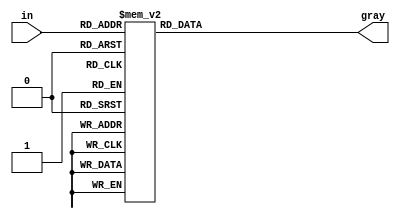
`default_nettype none
module gray_convert4 (in, gray);
	input [3:0] in;
	output reg[3:0] gray;

	always @ (in) begin
        case (in)
            4'b0000: gray <= 4'b0000;	// 0
            4'b0001: gray <= 4'b0001;	// 1
            4'b0010: gray <= 4'b0011;	// 2
            4'b0011: gray <= 4'b0010;	// 3
            4'b0100: gray <= 4'b0110;	// 4
            4'b0101: gray <= 4'b0111;	// 5
            4'b0110: gray <= 4'b0101;	// 6
            4'b0111: gray <= 4'b0100;	// 7
            4'b1000: gray <= 4'b1100;	// 8
            4'b1001: gray <= 4'b1101;	// 9
            4'b1010: gray <= 4'b1111;	// 10
            4'b1011: gray <= 4'b1110;	// 11
            4'b1100: gray <= 4'b1010;	// 12
            4'b1101: gray <= 4'b1011;	// 13
            4'b1110: gray <= 4'b1001;	// 14
            4'b1111: gray <= 4'b1000;	// 15
        endcase
    end
endmodule

module gray_convert4_inv (gray, out);
	input [3:0] gray;
	output reg[3:0] out;

	always @ (gray) begin
        case (gray)
			4'b0000: out <= 4'b0000;	// 0
			4'b0001: out <= 4'b0001;	// 1
			4'b0010: out <= 4'b0011;	// 2
			4'b0011: out <= 4'b0010;	// 3
			4'b0100: out <= 4'b0111;	// 4
			4'b0101: out <= 4'b0110;	// 5
			4'b0110: out <= 4'b0100;	// 6
			4'b0111: out <= 4'b0101;	// 7
			4'b1000: out <= 4'b1111;	// 8
			4'b1001: out <= 4'b1110;	// 9
			4'b1010: out <= 4'b1100;	// 10
			4'b1011: out <= 4'b1101;	// 11
			4'b1100: out <= 4'b1000;	// 12
			4'b1101: out <= 4'b1001;	// 13
			4'b1110: out <= 4'b1011;	// 14
			4'b1111: out <= 4'b1010;	// 15
        endcase
    end
endmodule